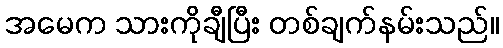
အမေက သားကိုချီပြီး တစ်ချက်နမ်းသည်။